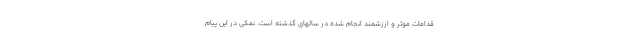
قدامات موثر و ارزشمند انجام شده در سالهای گذشته است. نمکی در این پیام